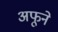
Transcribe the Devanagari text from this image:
अफूने